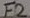
Text: F2